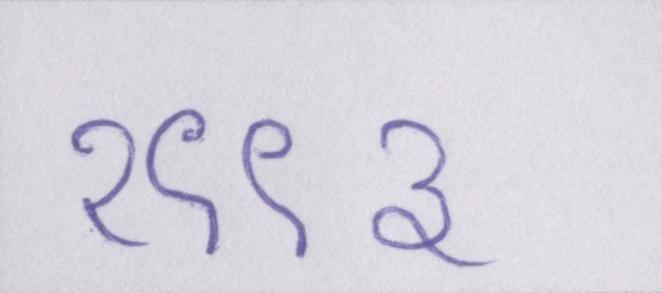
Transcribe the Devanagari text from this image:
१९९३